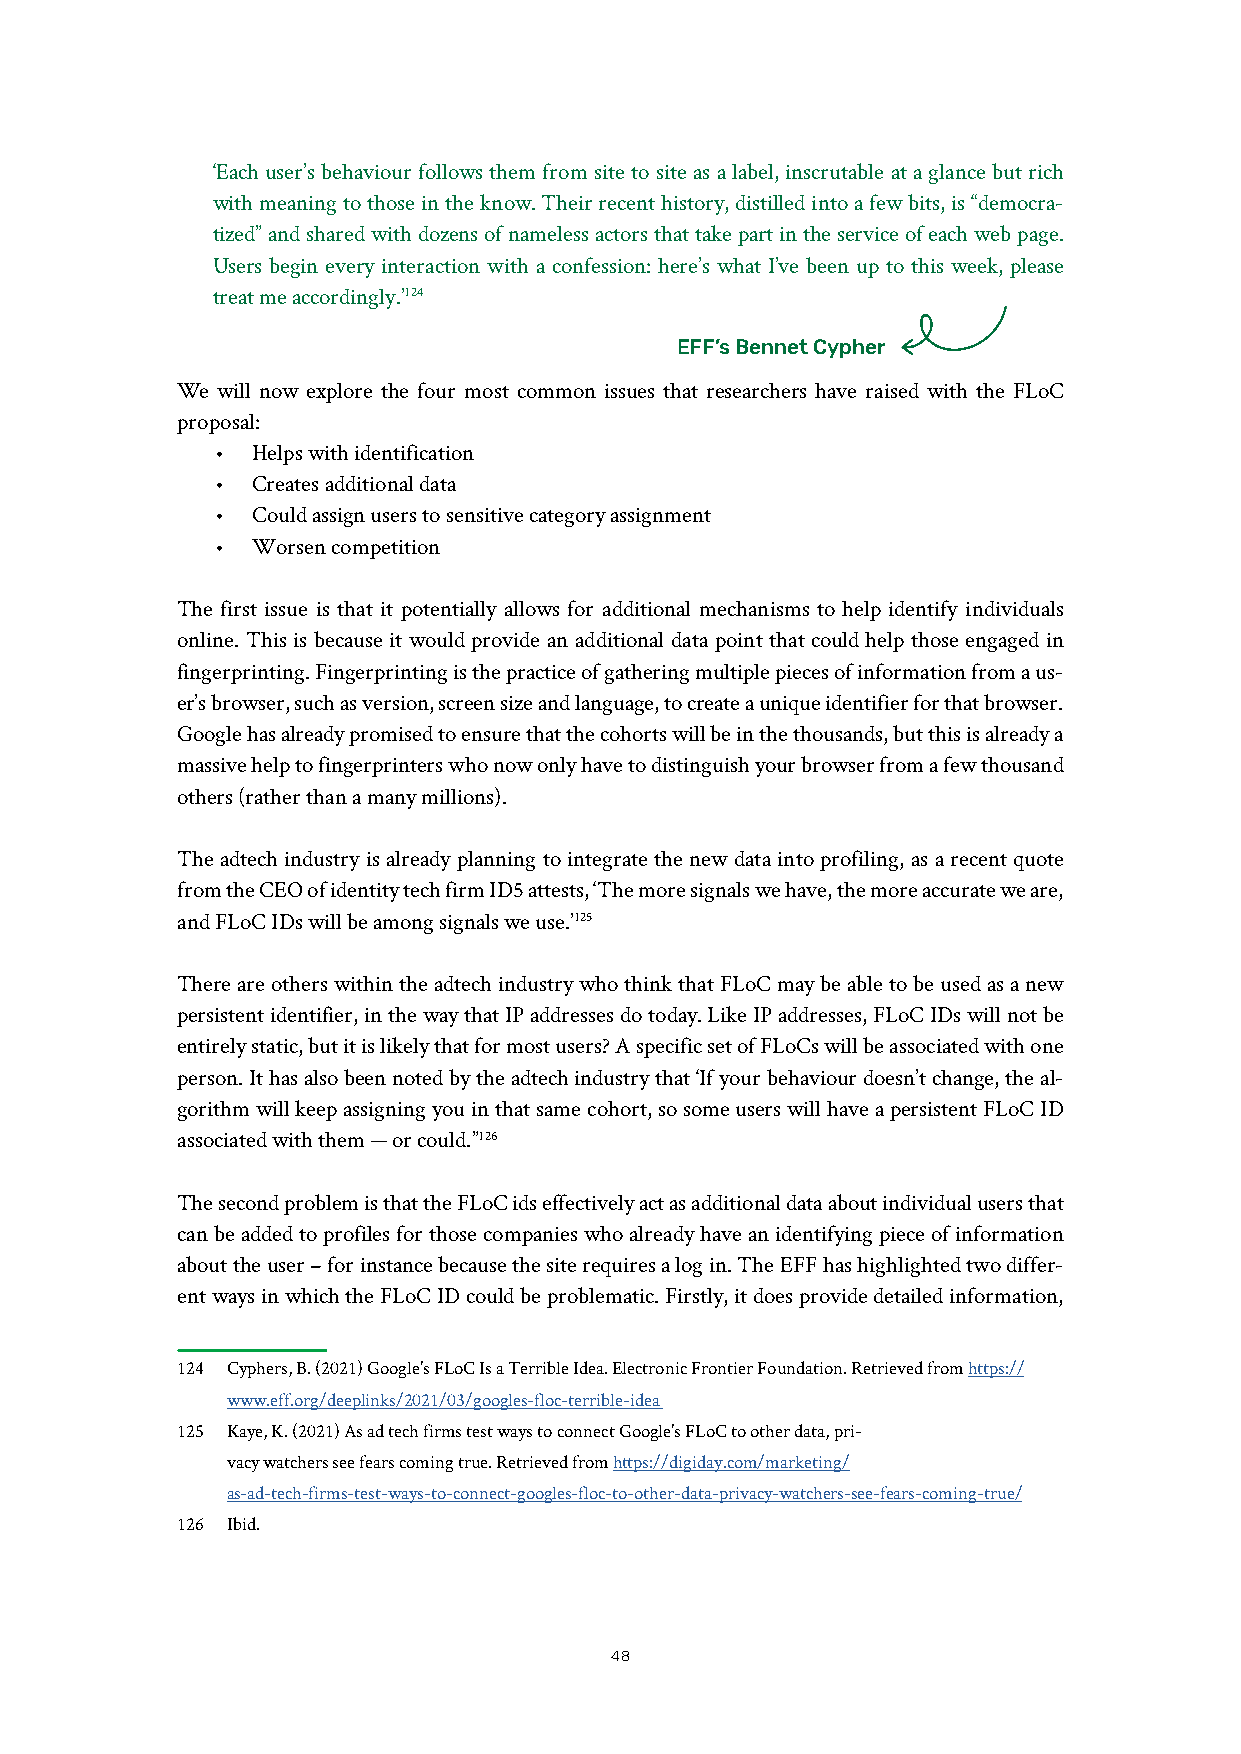
‘Each user’s behaviour follows them from site to site as a label, inscrutable at a glance but rich
 with meaning to those in the know. Their recent history, distilled into a few bits, is “democra-
 tized” and shared with dozens of nameless actors that take part in the service of each web page.
 Users begin every interaction with a confession: here’s what I’ve been up to this week, please
 treat me accordingly.’124
 EFF’s Bennet Cypher
 We will now explore the four most common issues that researchers have raised with the FLoC
 proposal:
 •  Helps with identification
 •  Creates additional data
 •  Could assign users to sensitive category assignment
 •  Worsen competition
 The first issue is that it potentially allows for additional mechanisms to help identify individuals
 online. This is because it would provide an additional data point that could help those engaged in
 fingerprinting. Fingerprinting is the practice of gathering multiple pieces of information from a us-
 er’s browser, such as version, screen size and language, to create a unique identifier for that browser.
 Google has already promised to ensure that the cohorts will be in the thousands, but this is already a
 massive help to fingerprinters who now only have to distinguish your browser from a few thousand
 others (rather than a many millions).
 The adtech industry is already planning to integrate the new data into profiling, as a recent quote
 from the CEO of identity tech firm ID5 attests, ‘The more signals we have, the more accurate we are,
 and FLoC IDs will be among signals we use.’125
 There are others within the adtech industry who think that FLoC may be able to be used as a new
 persistent identifier, in the way that IP addresses do today. Like IP addresses, FLoC IDs will not be
 entirely static, but it is likely that for most users? A specific set of FLoCs will be associated with one
 person. It has also been noted by the adtech industry that ‘If your behaviour doesn’t change, the al-
 gorithm will keep assigning you in that same cohort, so some users will have a persistent FLoC ID
 associated with them — or could.”126
 The second problem is that the FLoC ids effectively act as additional data about individual users that
 can be added to profiles for those companies who already have an identifying piece of information
 about the user – for instance because the site requires a log in. The EFF has highlighted two differ-
 ent ways in which the FLoC ID could be problematic. Firstly, it does provide detailed information,
 124 Cyphers, B. (2021) Google’s FLoC Is a Terrible Idea. Electronic Frontier Foundation. Retrieved from https://
 www.eff.org/deeplinks/2021/03/googles-floc-terrible-idea
 125 Kaye, K. (2021) As ad tech firms test ways to connect Google’s FLoC to other data, pri-
 vacy watchers see fears coming true. Retrieved from https://digiday.com/marketing/
 as-ad-tech-firms-test-ways-to-connect-googles-floc-to-other-data-privacy-watchers-see-fears-coming-true/
 126 Ibid.
 48